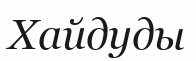
Хайдуды